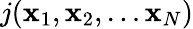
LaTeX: j(\mathbf{x}_{1},\mathbf{x}_{2},\ldots{}\mathbf{x}_{N})